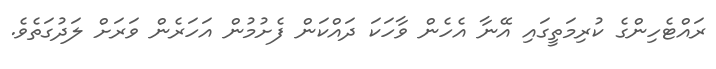
ރައްޓެހިންގެ ކުރިމަތީގައި އޭނާ އެހެން ވާހަކަ ދައްކަން ފެށުމުން އަހަރެން ވަރަށް ލަދުގަތެވެ.